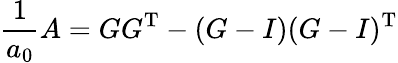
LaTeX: {\frac{1}{a_{0}}}A=GG^{\operatorname{T}}-(G-I)(G-I)^{\operatorname{T}}